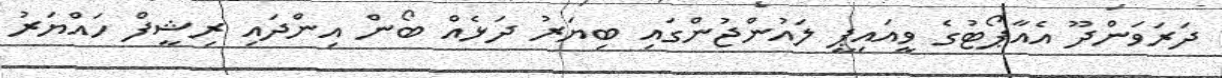
ދަރަވަންދޫ އެއާޕޯޓުގެ ވީއައިޕީ ލައުންޖުންގައި ބިޔަރު ދަޅެއް ބޯން އިންދައި ރިޝީފް ހައްޔަރު